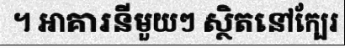
។ អាគារនីមួយៗ ស្ថិតនៅក្បែរ